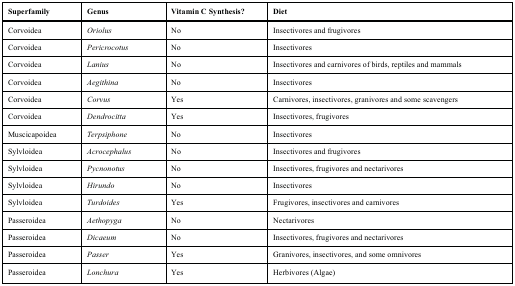
<table><thead><tr><td><b>Superfamily</b></td><td><b>Genus</b></td><td><b>Vitamin C Synthesis?</b></td><td><b>Diet</b></td></tr></thead><tbody><tr><td>Corvoidea</td><td><i>Oriolus</i></td><td>No</td><td>Insectivores and frugivores</td></tr><tr><td>Corvoidea</td><td><i>Pericrocotus</i></td><td>No</td><td>Insectivores</td></tr><tr><td>Corvoidea</td><td><i>Lanius</i></td><td>No</td><td>Insectivores and carnivores of birds, reptiles and mammals</td></tr><tr><td>Corvoidea</td><td><i>Aegithina</i></td><td>No</td><td>Insectivores</td></tr><tr><td>Corvoidea</td><td><i>Corvus</i></td><td>Yes</td><td>Carnivores, insectivores, granivores and some scavengers</td></tr><tr><td>Corvoidea</td><td><i>Dendrocitta</i></td><td>Yes</td><td>Insectivores, frugivores</td></tr><tr><td>Muscicapoidea</td><td><i>Terpsiphone</i></td><td>No</td><td>Insectivores</td></tr><tr><td>Sylvloidea</td><td><i>Acrocephalus</i></td><td>No</td><td>Insectivores and frugivores</td></tr><tr><td>Sylvloidea</td><td><i>Pycnonotus</i></td><td>No</td><td>Insectivores, frugivores and nectarivores</td></tr><tr><td>Sylvloidea</td><td><i>Hirundo</i></td><td>No</td><td>Insectivores</td></tr><tr><td>Sylvloidea</td><td><i>Turdoides</i></td><td>Yes</td><td>Frugivores, insectivores and carnivores</td></tr><tr><td>Passeroidea</td><td><i>Aethopyga</i></td><td>No</td><td>Nectarivores</td></tr><tr><td>Passeroidea</td><td><i>Dicaeum</i></td><td>No</td><td>Insectivores, frugivores and nectarivores</td></tr><tr><td>Passeroidea</td><td><i>Passer</i></td><td>Yes</td><td>Granivores, insectivores, and some omnivores</td></tr><tr><td>Passeroidea</td><td><i>Lonchura</i></td><td>Yes</td><td>Herbivores (Algae)</td></tr></tbody></table>